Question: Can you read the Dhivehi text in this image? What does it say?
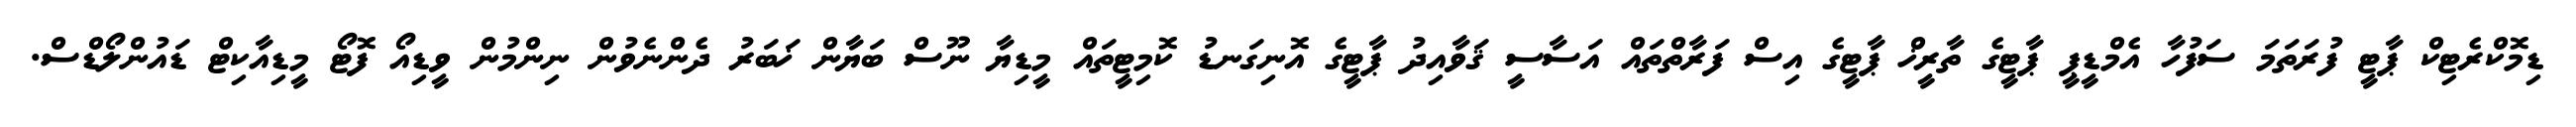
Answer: ޑިމޮކްރެޓިކް ޕާޓީ ފުރަތަމަ ސަފުހާ އެމްޑީޕީ ޕާޓީގެ ތާރީޚް ޕާޓީގެ އިސް ފަރާތްތައް އަސާސީ ޤަވާއިދު ޕާޓީގެ އޮނިގަނޑު ކޮމިޓީތައް މީޑިޔާ ނޫސް ބަޔާން ޚަބަރު ދެންނެވުން ނިންމުން ވީޑިއޯ ފޮޓޯ މީޑިއާކިޓް ޑައުންލޯޑްސް.